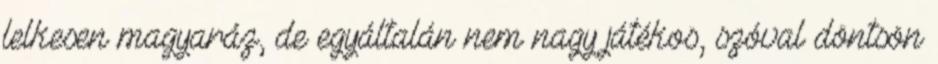
lelkesen magyaráz, de egyáltalán nem nagy játékos, szóval döntsön